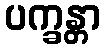
ပက္ခန္တာ